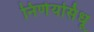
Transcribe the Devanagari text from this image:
निर्णयसिंधू